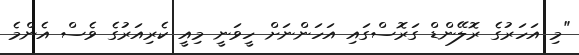
"މި އަހަރުގެ ރޮލޭންޑް ގަރޮސްގައި އަހަންނަށް ހީވަނީ މިއީ ކެރިއަރުގެ ވެސް އެންމެ